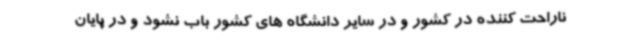
ناراحت کننده در کشور و در سایر دانشگاه های کشور باب نشود و در پایان